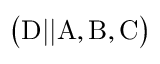
\mathrm { \left( D \vert \vert A , B , C \right) }